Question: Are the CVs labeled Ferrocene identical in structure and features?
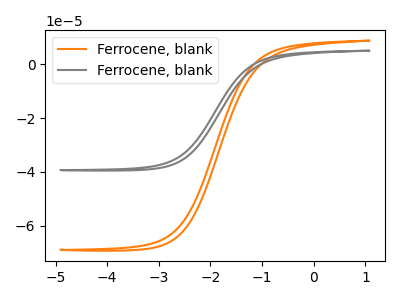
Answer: <think>The orange curve "Ferrocene, blank1" has no peaks. The gray curve "Ferrocene, blank2" has no peaks.
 Neither "Ferrocene, blank1" or "Ferrocene, blank2" have any peaks.</think>
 <answer>All the CV's of "Ferrocene" have similar shape.</answer>
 <eval>follow_rule</eval>